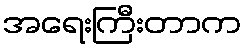
အရေးကြီးတာက